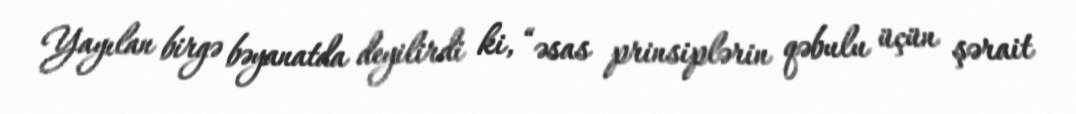
Yayılan birgə bəyanatda deyilirdi ki, “əsas prinsiplərin qəbulu üçün şərait